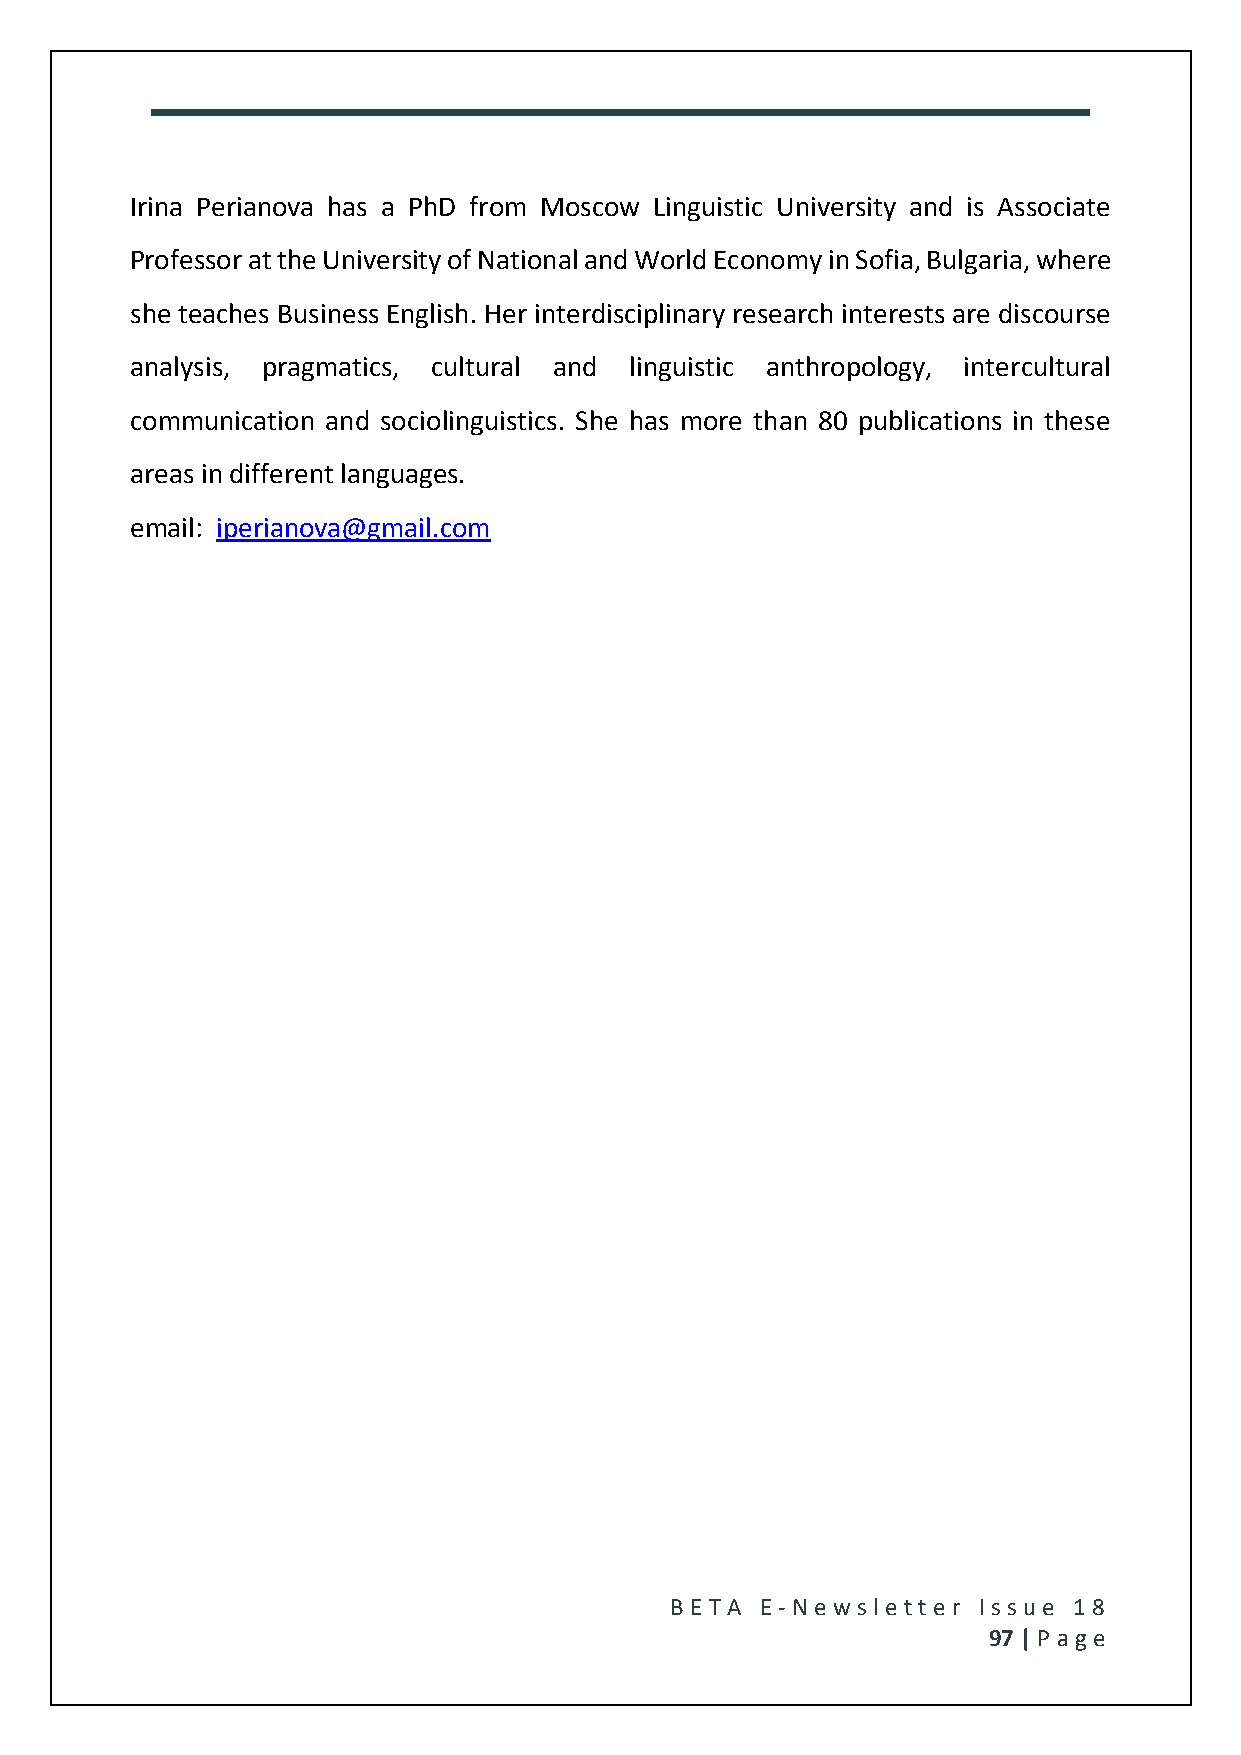
Irina Perianova has a PhD from Moscow Linguistic University and is Associate
 Professor at the University of National and World Economy in Sofia, Bulgaria, where
 she teaches Business English. Her interdisciplinary research interests are discourse
 analysis, pragmatics, cultural and linguistic anthropology, intercultural
 communication and sociolinguistics. She has more than 80 publications in these
 areas in different languages.
 email: iperianova@gmail.com
 BE T A E -N e wsle tt e r Issue 18
 97 | P age